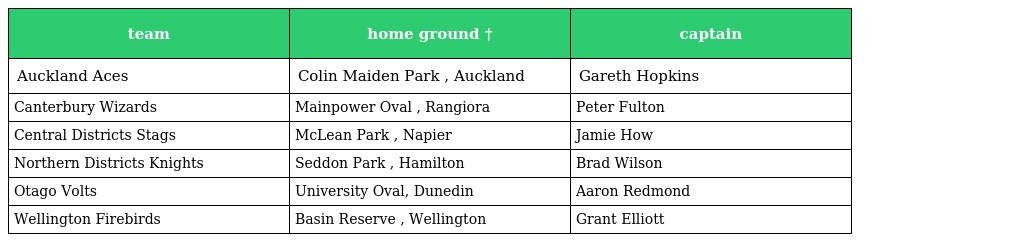
| team | home ground † | captain |
 | --- | --- | --- |
 | Auckland Aces | Colin Maiden Park , Auckland | Gareth Hopkins |
 | Canterbury Wizards | Mainpower Oval , Rangiora | Peter Fulton |
 | Central Districts Stags | McLean Park , Napier | Jamie How |
 | Northern Districts Knights | Seddon Park , Hamilton | Brad Wilson |
 | Otago Volts | University Oval, Dunedin | Aaron Redmond |
 | Wellington Firebirds | Basin Reserve , Wellington | Grant Elliott |